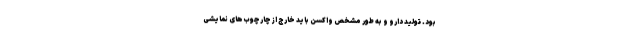
بود. تولید دارو و به طور مشخص واکسن باید خارج از چارچوب‌های نمایشی